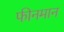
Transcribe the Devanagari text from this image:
फीनमान